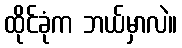
ထိုင်ခုံက ဘယ်မှာလဲ။